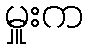
မှူးက